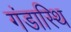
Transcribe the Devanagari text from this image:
गंडास्थि